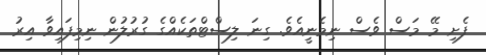
ފެށި މޭ މަސް ވެސް ނިމެނީއެވެ. ގިނަ ލިސްޓްތަކެއްގެ ގުރުލުން ނިމިފައިވާ އިރު